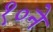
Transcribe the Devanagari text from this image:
१०ने